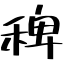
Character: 稗